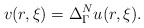
\begin{align*} v (r,\xi)= \Delta^{N}_\Gamma u(r,\xi). \end{align*}